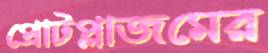
প্রোটপ্লাজমের